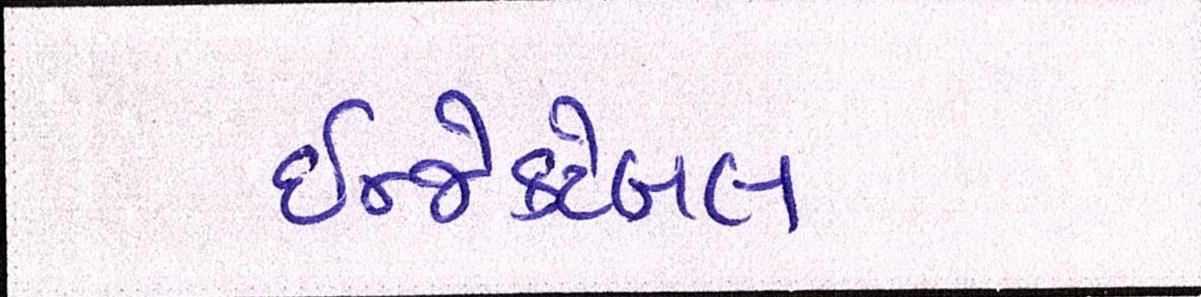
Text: ઇન્જેક્ટેબલ